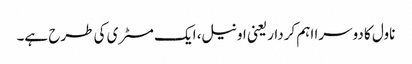
ناول کا دوسرا اہم کردار یعنی اونیل، ایک مسٹری کی طرح ہے۔